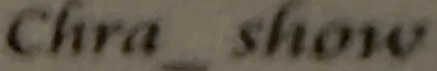
Chra_show